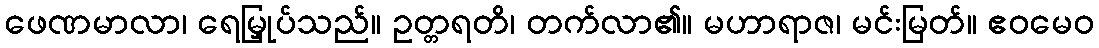
ဖေဏမာလာ၊ ရေမြှုပ်သည်။ ဥတ္တရတိ၊ တက်လာ၏။ မဟာရာဇ၊ မင်းမြတ်။ ဧဝမေဝ